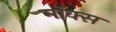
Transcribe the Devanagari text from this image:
मॉक्स